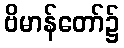
ဗိမာန်တော်၌